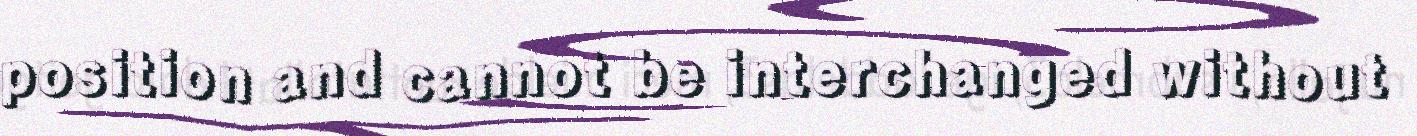
position and cannot be interchanged without